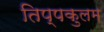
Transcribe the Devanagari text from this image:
तिप्पकुलम